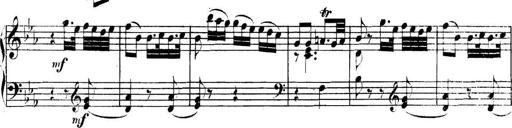
Title: Collected Piano Sonatas
Composer: Muzio Clementi